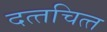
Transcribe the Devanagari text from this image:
दत्‍तचित्‍त